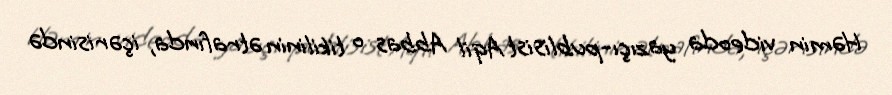
Həmin videoda yazıçı-publisist Aqil Abbas o tikilinin ətrafında, içərisində